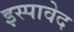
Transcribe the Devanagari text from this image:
इस्पावेद